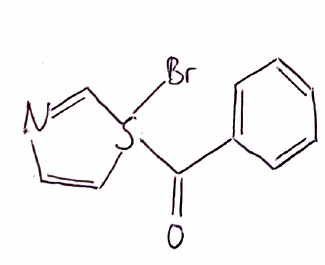
Simplified molecular-input line-entry system (SMILES) notation of the given molecule:
C1=CC=C(C=C1)C(=O)S2(C=CN=C2)Br